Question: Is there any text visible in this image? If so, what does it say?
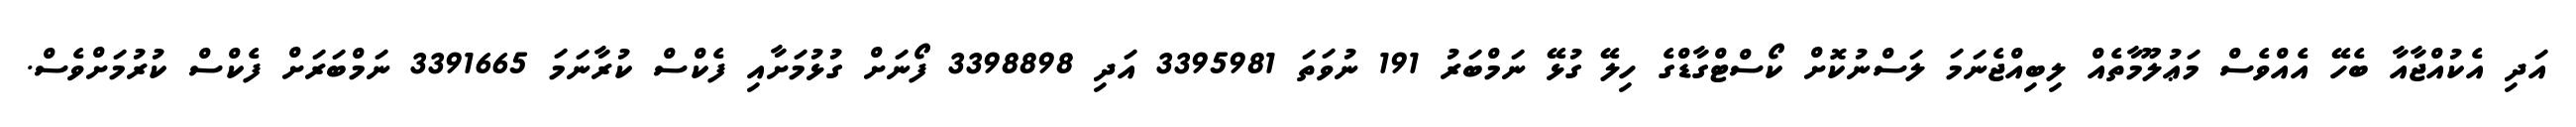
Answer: އަދި އެކުއްޖާއާ ބެހޭ އެއްވެސް މަޢުލޫމާތެއް ލިބިއްޖެނަމަ ލަސްނުކޮށް ކޯސްޓްގާޑްގެ ހިލޭ ގުޅޭ ނަމްބަރު 191 ނުވަތަ 3395981 އަދި 3398898 ފޯނަށް ގުޅުމަށާއި ފެކްސް ކުރާނަމަ 3391665 ނަމްބަރަށް ފެކްސް ކުރުމަށްވެސް.